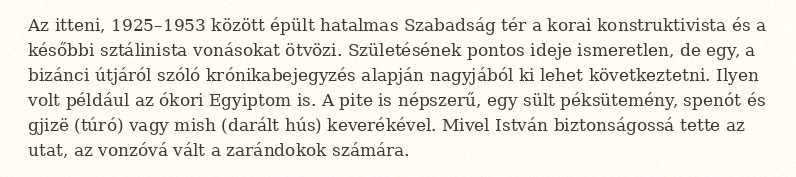
Az itteni, 1925–1953 között épült hatalmas Szabadság tér a korai konstruktivista és a későbbi sztálinista vonásokat ötvözi. Születésének pontos ideje ismeretlen, de egy, a bizánci útjáról szóló krónikabejegyzés alapján nagyjából ki lehet következtetni. Ilyen volt például az ókori Egyiptom is. A pite is népszerű, egy sült péksütemény, spenót és gjizë (túró) vagy mish (darált hús) keverékével. Mivel István biztonságossá tette az utat, az vonzóvá vált a zarándokok számára.